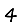
Digit: 4